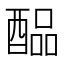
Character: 𲆳